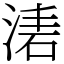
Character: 湱